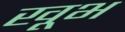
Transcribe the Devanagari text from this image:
खूभ